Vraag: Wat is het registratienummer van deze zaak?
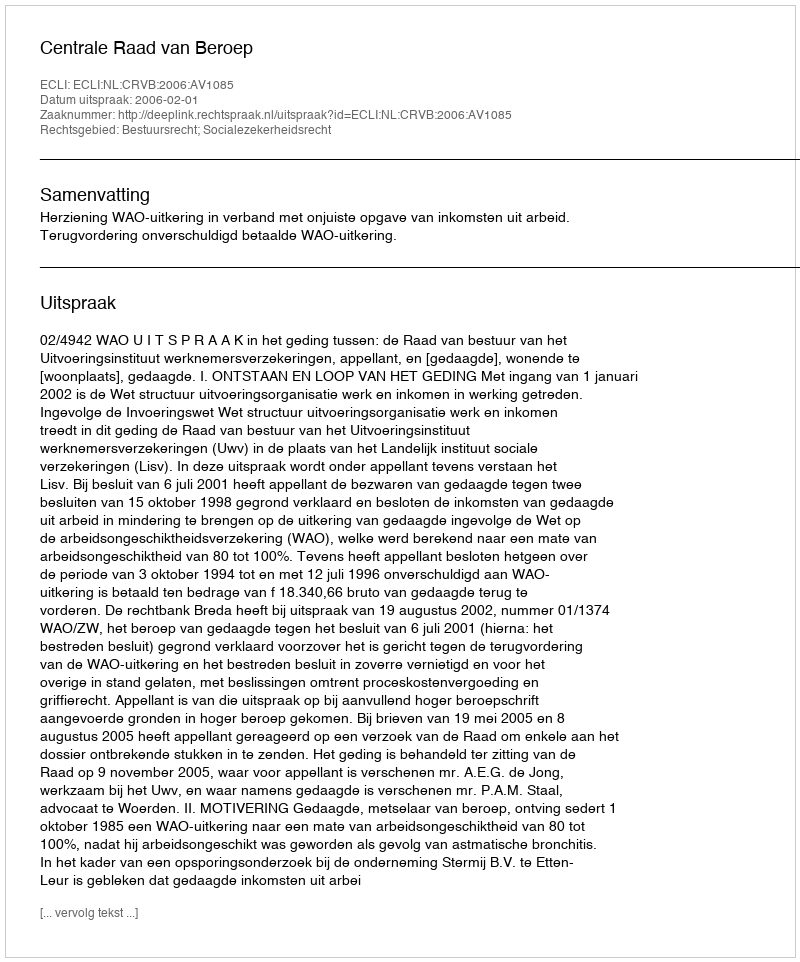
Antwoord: http://deeplink.rechtspraak.nl/uitspraak?id=ECLI:NL:CRVB:2006:AV1085